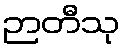
ဉာတီသု